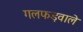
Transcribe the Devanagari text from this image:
गलफड़वाले